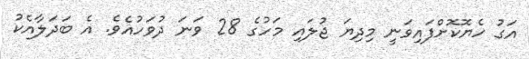
އަގު ހެޔޮކޮށްފައިވަނީ މިދިޔަ ޖުލައި މަހުގެ 28 ވަނަ ދުވަހުއެވެ. އެ ބަދަލާއެކު